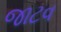
જાટવ